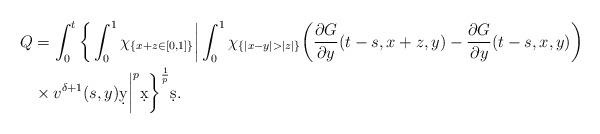
LaTeX: \begin{align*}Q&= \int_{0}^{t}\bigg\{\int_{0}^{1}\chi_{\{x+z\in[0,1]\}}\bigg|\int_{0}^{1}\chi_{\{|x-y|> |z|\}}\bigg(\frac{\partial G}{\partial y}(t-s,x+z,y)-\frac{\partial G}{\partial y}(t-s,x,y)\bigg)\\& \times v^{\delta+1}(s,y)\d y\bigg|^p\d x\bigg\}^{\frac{1}p}\d s.\end{align*}